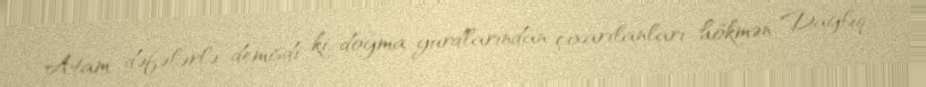
Atam dəfələrlə demişdi ki, doğma yurdlarından çıxarılanları hökmən Dağlıq